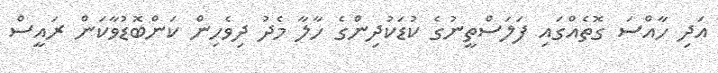
އަދި ހާއްސަ ގޮތެއްގައި ފަލަސްތީނުގެ ކުޑަކުދިންގެ ހާލާ މެދު ދިވެހިން ކަންބޮޑުވާކަން ރައީސް